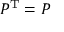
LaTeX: P ^ { \mathrm { T } } = P